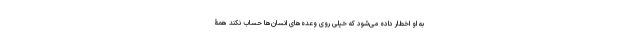
به او اخطار داده می‌شود که خیلی روی وعده‌های انسان‌ها حساب نکند همۀ